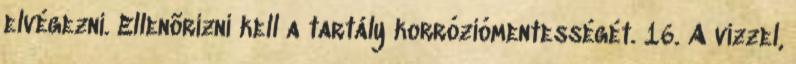
elvégezni. Ellenõrizni kell a tartály korróziómentességét. 16. A vízzel,